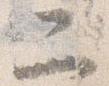
二